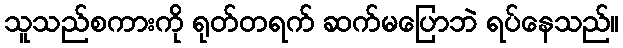
သူသည်စကားကို ရုတ်တရက် ဆက်မပြောဘဲ ရပ်နေသည်။